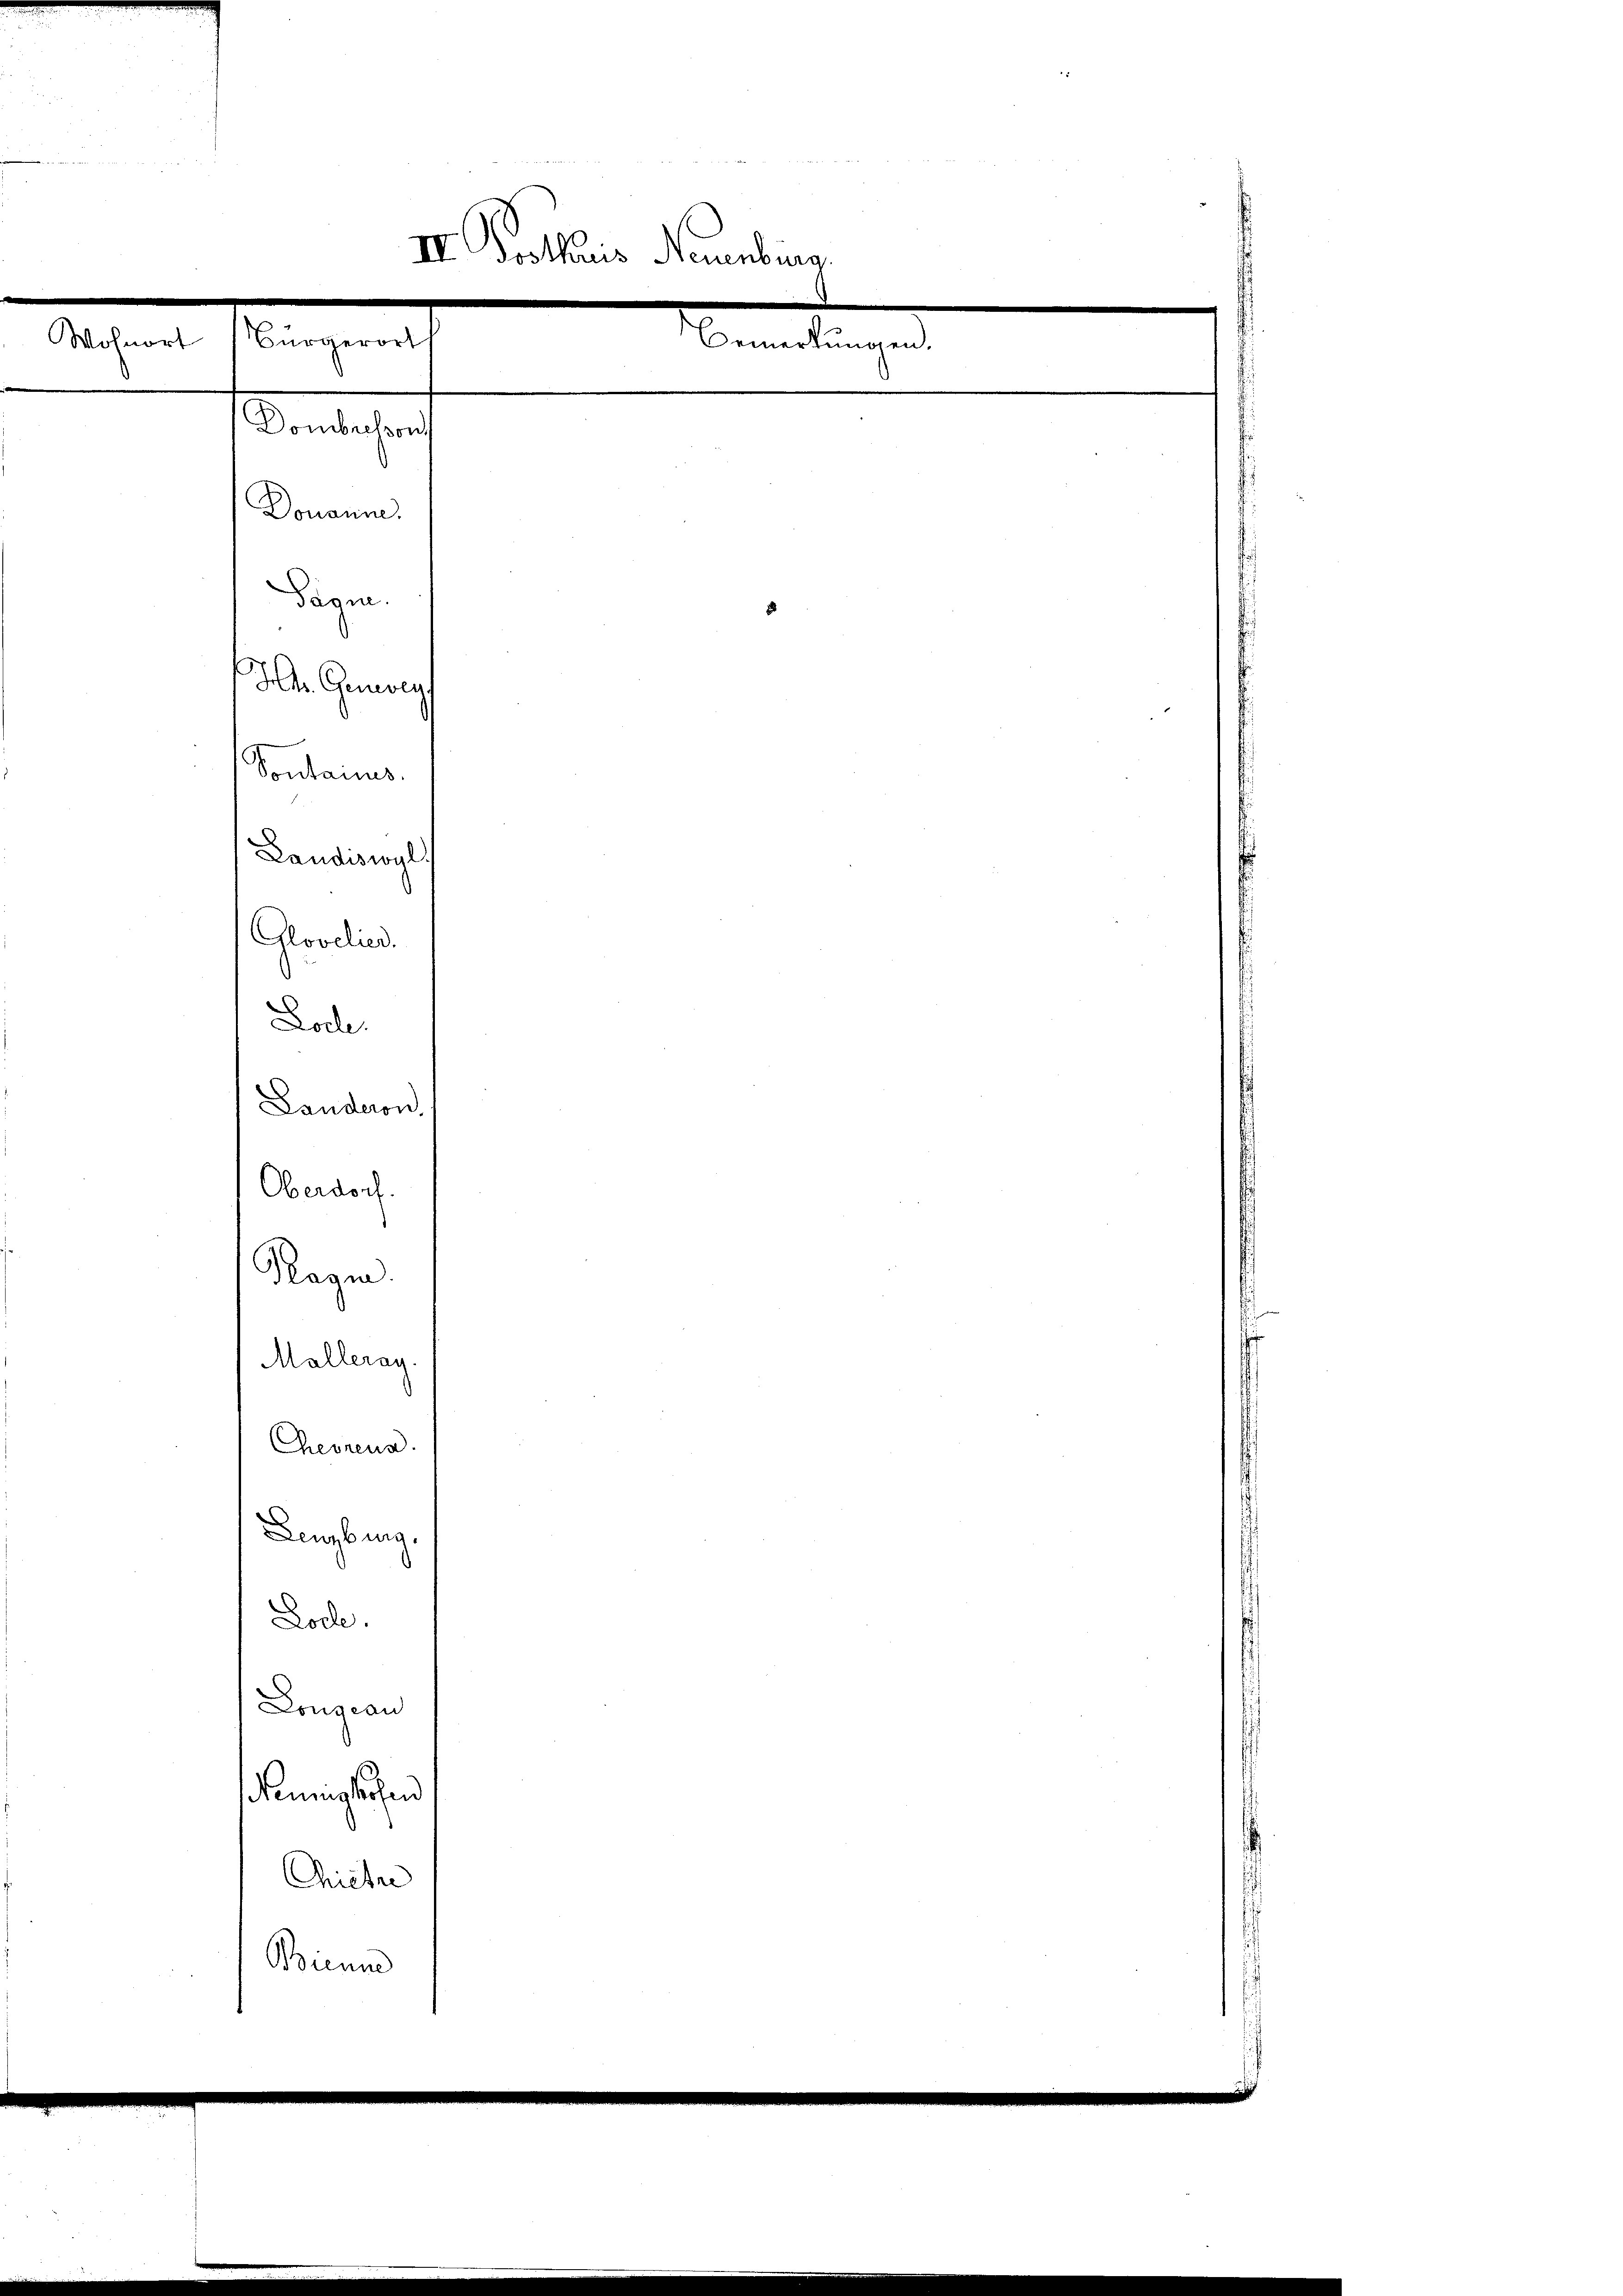
Sichen Mangen

Glovclied.
Lode.

III. Posthaus Neuenburg

Dombresson
Douanne.
Pione.
d
H. Generey
Sontanus.
Laudiswyl
Landeron
Oberdorf.
Ragen.
Malleray
Cheorenz
Lenzburg.
Locle.
Lonzcan
Nenglichen
Miete
Brenne

Bemerkungen.
¬